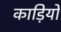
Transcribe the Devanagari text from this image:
काड़ियों